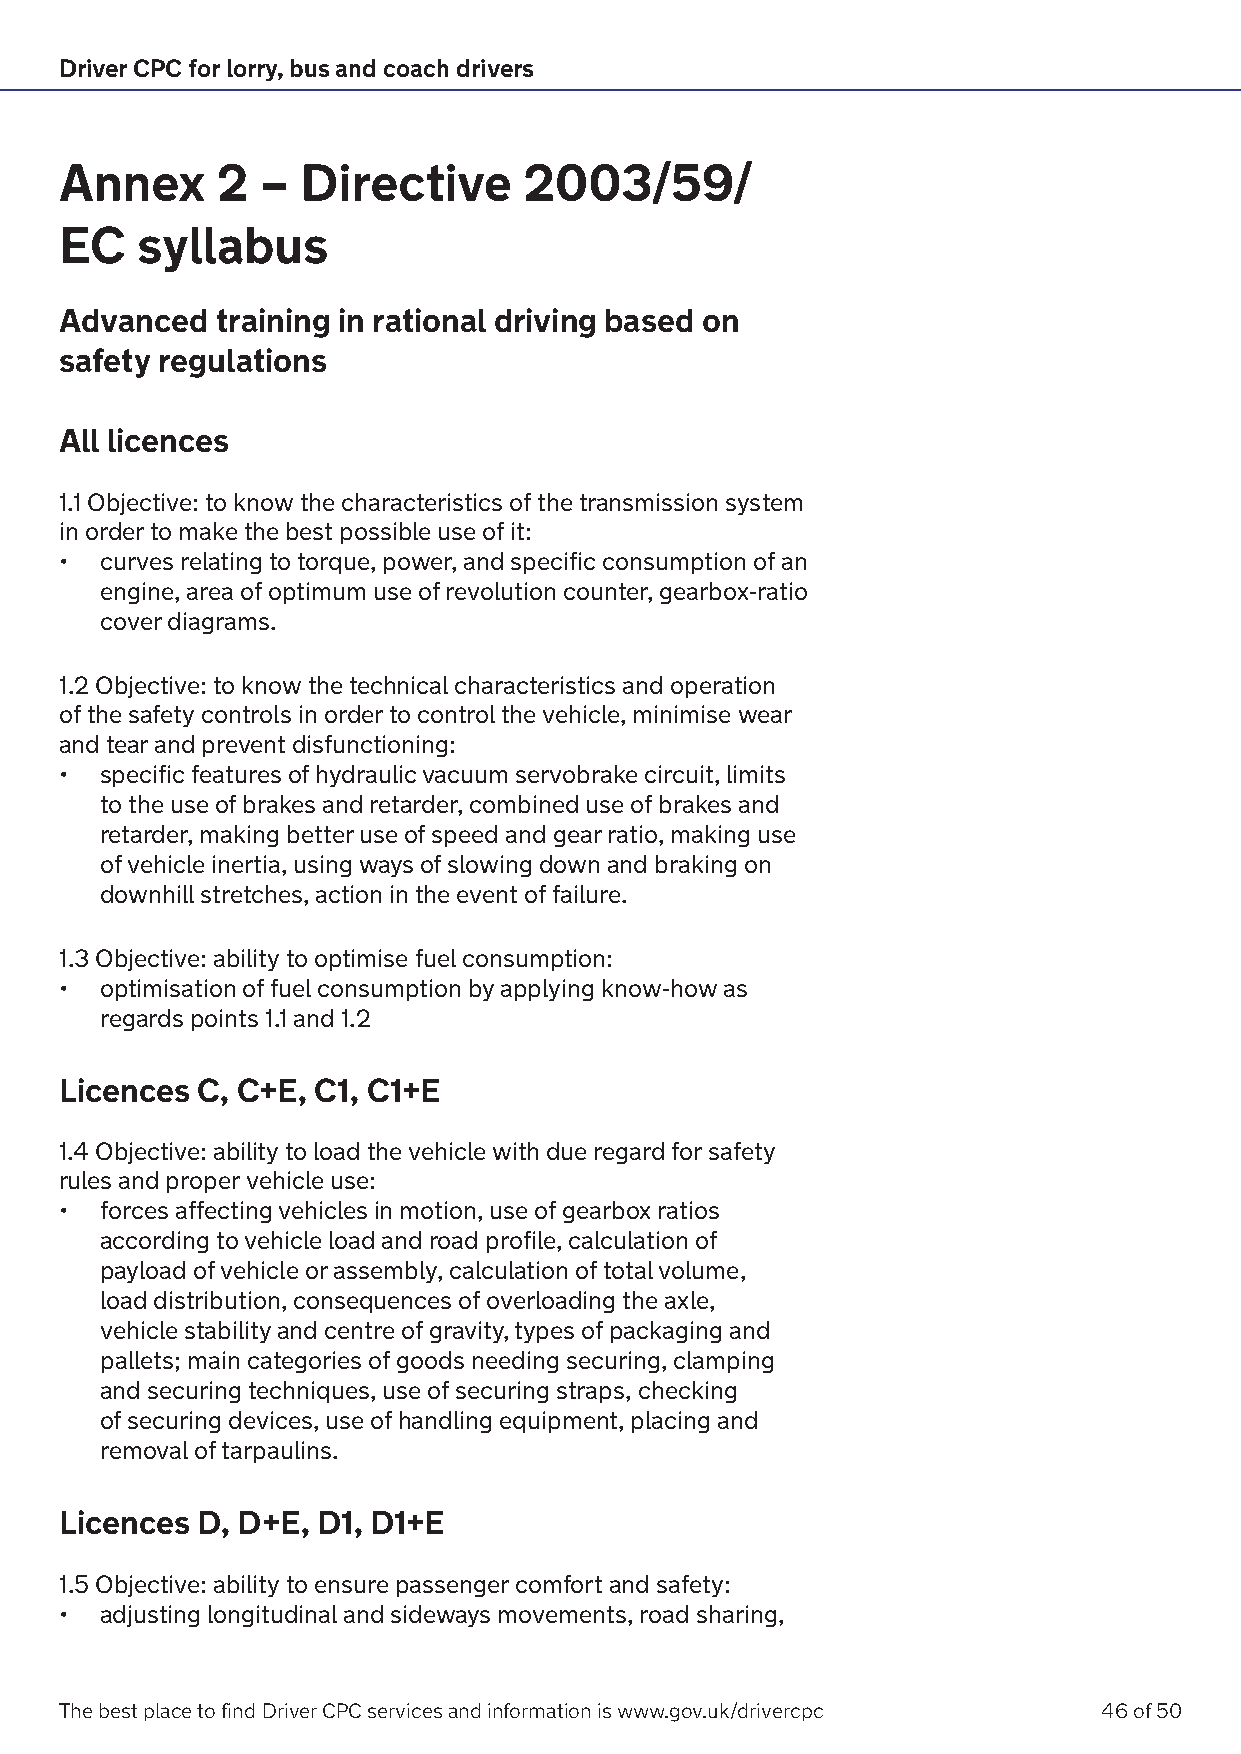
Driver CPC for lorry, bus and coach drivers
 Annex     2  –  Directive      2003/59/
 EC   syllabus
 Advanced  training in rational driving based on
 safety regulations
 All licences
 1.1 Objective: to know the characteristics of the transmission system
 in order to make the best possible use of it:
 •  curves relating to torque, power, and specific consumption of an
 engine, area of optimum use of revolution counter, gearbox-ratio
 cover diagrams.
 1.2 Objective: to know the technical characteristics and operation
 of the safety controls in order to control the vehicle, minimise wear
 and tear and prevent disfunctioning:
 •  specific features of hydraulic vacuum servobrake circuit, limits
 to the use of brakes and retarder, combined use of brakes and
 retarder, making better use of speed and gear ratio, making use
 of vehicle inertia, using ways of slowing down and braking on
 downhill stretches, action in the event of failure.
 1.3 Objective: ability to optimise fuel consumption:
 •  optimisation of fuel consumption by applying know-how as
 regards points 1.1 and 1.2
 Licences C, C+E, C1, C1+E
 1.4 Objective: ability to load the vehicle with due regard for safety
 rules and proper vehicle use:
 •  forces affecting vehicles in motion, use of gearbox ratios
 according to vehicle load and road profile, calculation of
 payload of vehicle or assembly, calculation of total volume,
 load distribution, consequences of overloading the axle,
 vehicle stability and centre of gravity, types of packaging and
 pallets; main categories of goods needing securing, clamping
 and securing techniques, use of securing straps, checking
 of securing devices, use of handling equipment, placing and
 removal of tarpaulins.
 Licences D, D+E, D1, D1+E
 1.5 Objective: ability to ensure passenger comfort and safety:
 •  adjusting longitudinal and sideways movements, road sharing,
 The best place to find Driver CPC services and information is www.gov.uk/drivercpc 46 of 50